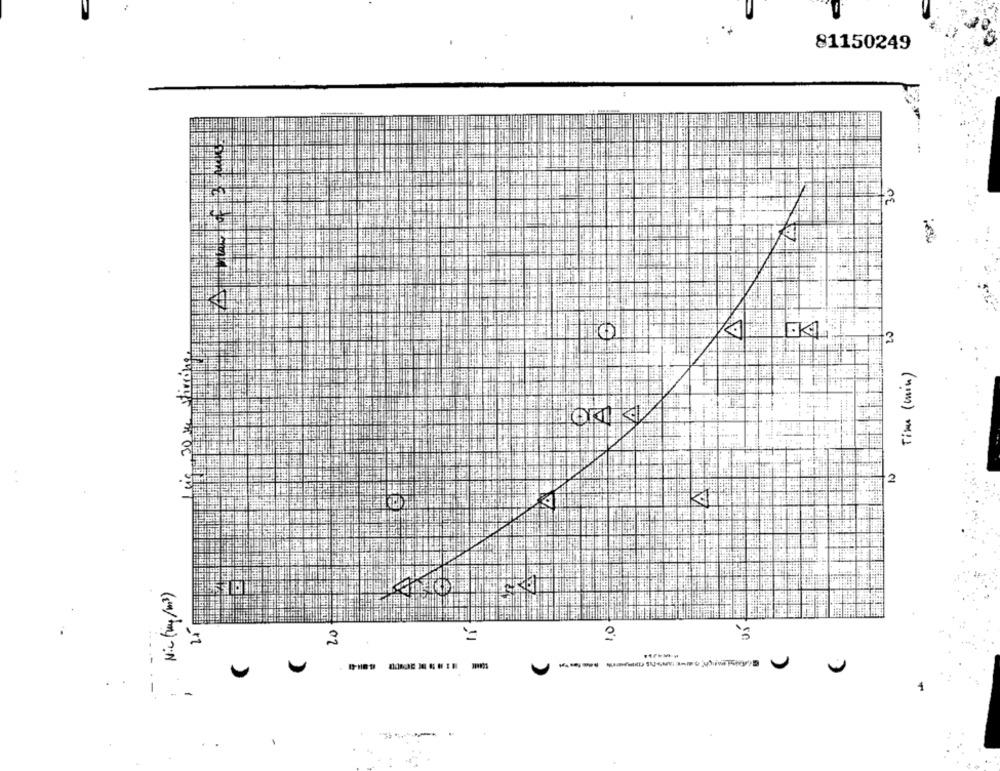
81150249
30
3
Time (min)
30
2
Nic (mg/m3)
2.
2
-
---
. .